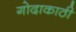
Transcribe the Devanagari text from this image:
गोदाकाठी